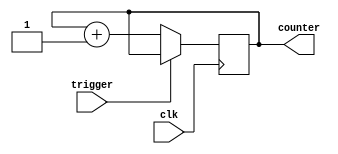
`timescale 1ns / 1ps
//////////////////////////////////////////////////////////////////////////////////
// Company: 
// Engineer: 
// 
// Design Name: 
// Module Name: module_timer
// Project Name: 
// Target Devices: 
// Tool Versions: 
// Description: 
// 
// Dependencies: 
// 
// Revision:
// Revision 0.01 - File Created
// Additional Comments:
// 
//////////////////////////////////////////////////////////////////////////////////


module module_timer(
    input clk,
    input trigger,
    output reg [15:0] counter
    );
    
    always@(negedge clk)begin
        counter = trigger? counter :counter +1;
    end
endmodule